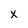
Character: x